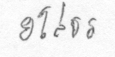
ยโสธร